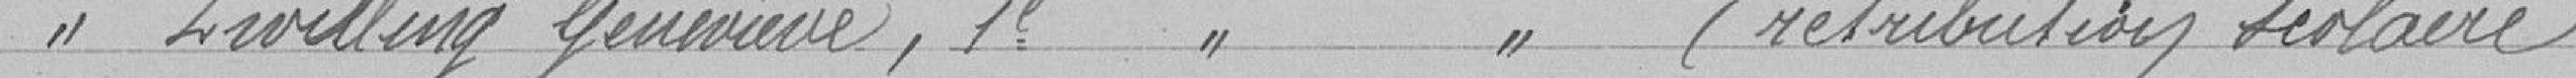
Melle INVILLING Geneviève, 1ère année primaire (rétribution scolaire)   99 francs